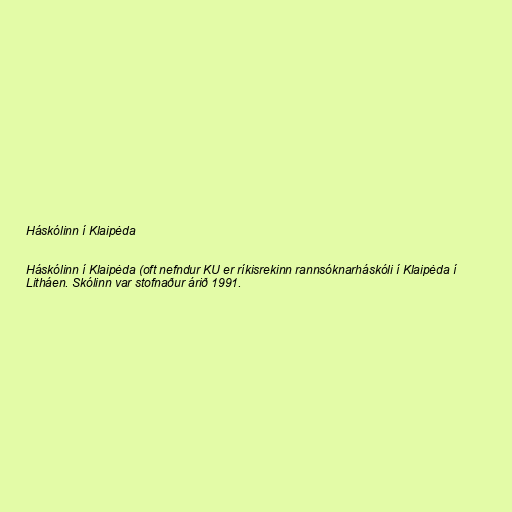
Háskólinn í Klaipėda

Háskólinn í Klaipėda (oft nefndur KU er ríkisrekinn rannsóknarháskóli í Klaipėda í
Litháen. Skólinn var stofnaður árið 1991.